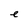
Character: e